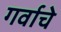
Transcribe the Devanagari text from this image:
गर्वाचे